Lunatic asylums in Bengal annual reports 1888-1898 - 1888-1898
Year: 1888
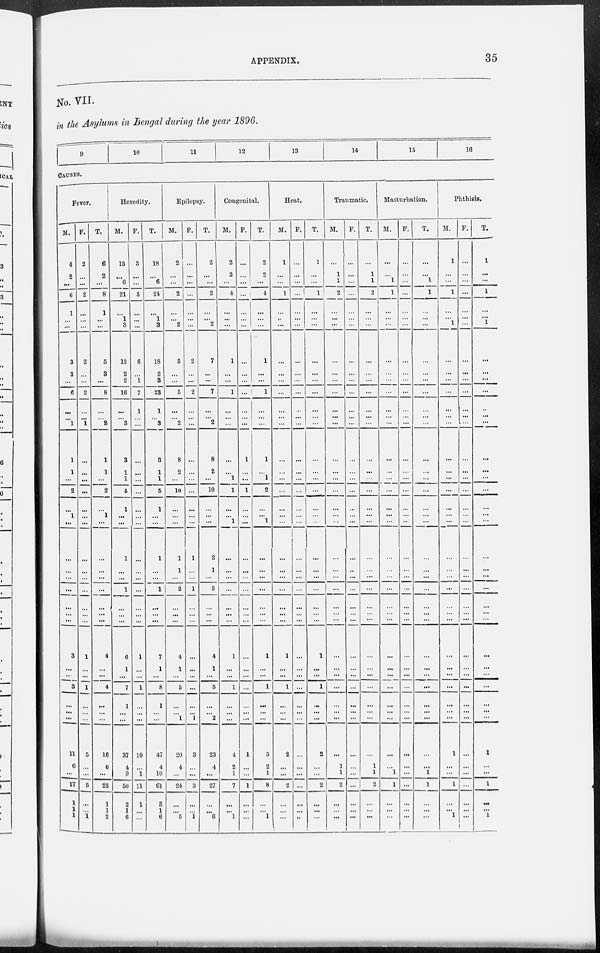
APPENDIX.
35
No. VII.
in the Asylums in Bengal during the year 1896.
9
10
11
12
13
14
15
16
CAUSES.
Fever.
M.
4
2
...
6
1
...
...
3
3
...
6
...
...
1
1
1
...
2
...
1
...
...
...
...
...
...
...
...
3
...
...
3
...
...
...
11
6
...
17
1
1
1
F.
2
...
...
2
...
...
...
2
...
...
2
...
...
1
...
...
...
...
...
...
...
...
...
...
...
...
...
...
1
...
...
1
...
...
...
5
...
...
5
...
...
1
T.
6
2
...
8
1
...
...
5
3
...
8
...
...
2
1
1
...
2
...
1
...
...
...
...
...
...
...
...
4
...
...
4
...
...
...
16
6
...
22
1
1
2
Heredity.
M.
15
...
6
21
...
1
3
12
2
2
16
...
...
3
3
1
1
5
1
...
...
1
...
...
1
...
...
...
6
1
...
7
1
...
...
37
4
9
50
2
1
6
F.
3
...
...
3
...
...
...
6
...
1
7
1
...
...
...
...
...
...
...
...
...
...
...
...
...
...
...
...
1
...
...
1
...
...
...
10
...
1
11
1
...
...
T.
18
...
6
24
...
1
3
18
2
3
23
1
...
3
3
1
1
5
1
...
...
1
...
...
1
...
...
...
7
1
...
8
1
...
...
47
4
10
61
3
1
6
Epilepsy.
M.
2
...
...
2
...
...
2
5
...
...
5
...
...
2
8
2
...
10
...
...
...
1
1
...
2
...
...
...
4
1
...
5
...
...
1
20
4
...
24
...
...
5
F.
...
...
...
...
...
...
...
2
...
...
2
...
...
...
...
...
...
...
...
...
...
1
...
...
1
...
...
...
...
...
...
...
...
...
1
3
...
...
3
...
...
1
T.
2
...
...
2
...
...
2
7
...
...
7
...
...
2
8
2
...
10
...
...
...
2
1
...
3
...
...
...
4
1
...
5
...
...
2
23
4
...
27
...
...
6
Congenital.
M.
2
2
...
4
...
...
...
1
...
...
1
...
...
...
...
... l
1
...
...
1
...
...
...
...
...
...
...
1
...
...
1
...
...
...
4
2
1
7
...
...
1
F.
...
...
...
...
...
...
...
...
...
...
...
...
...
...
1
...
...
1
...
...
...
...
...
...
...
...
...
...
...
...
...
...
...
...
...
1
...
...
1
...
...
...
T.
2
2
...
4
...
...
...
1
...
...
1
...
...
...
1
... l
2
...
...
1
...
...
...
...
...
...
...
1
...
...
1
...
...
...
5
2
1
8
...
...
1
Heat.
M.
1
...
...
1
...
...
...
...
...
...
...
...
...
...
...
...
...
...
...
...
...
...
...
...
...
...
...
...
1
...
...
1
...
...
...
2
...
...
2
...
...
...
F.
...
...
...
...
...
...
...
...
...
...
...
...
...
...
...
...
...
...
...
...
...
...
...
...
...
...
...
...
...
...
...
...
...
...
...
...
...
...
...
...
...
...
T.
1
...
...
1
...
...
...
...
...
...
...
...
...
...
...
...
...
...
...
...
...
...
...
...
...
...
...
...
1
...
...
1
...
...
...
2
...
...
2
...
...
...
Traumatic.
M.
...
1
1
2
...
...
...
...
...
...
...
...
...
...
...
...
...
...
...
...
...
...
...
...
...
...
...
...
...
...
...
...
...
...
...
...
1
1
2
...
...
...
F.
...
...
...
...
...
...
...
...
...
...
...
...
...
...
...
...
...
...
...
...
...
...
...
...
...
...
...
...
...
...
...
...
...
...
...
...
...
...
...
...
...
...
T.
...
1
1
2
...
...
...
...
...
...
...
...
...
...
...
...
...
...
...
...
...
...
...
...
...
...
...
...
...
...
...
...
...
...
...
...
1
1
2
...
...
...
Masturbation.
M.
...
...
1
1
...
...
...
...
...
...
...
...
...
...
...
...
...
...
...
...
...
...
...
...
...
...
...
...
...
...
...
...
...
...
...
...
...
1
1
...
...
...
F.
...
...
...
...
...
...
...
...
...
...
...
...
...
...
...
...
...
...
...
...
...
...
...
...
...
...
...
...
...
...
...
...
...
...
...
...
...
...
...
...
...
...
T.
...
...
1
1
...
...
...
...
...
...
...
...
...
...
...
...
...
...
...
...
...
...
...
...
...
...
...
...
...
...
...
...
...
...
...
...
1
1
...
...
...
Phthisis.
M.
1
...
...
1
...
...
1
...
...
...
...
...
...
...
...
...
...
...
...
...
...
...
...
...
...
...
...
...
...
...
...
...
...
...
...
1
...
...
1
...
...
1
F.
...
...
...
...
...
...
...
...
...
...
...
...
...
...
...
...
...
...
...
...
...
...
...
...
...
...
...
...
...
...
...
...
...
...
...
...
...
...
...
...
...
T.
1
...
...
1
...
...
1
...
...
...
...
...
...
...
...
...
...
...
...
...
...
...
...
...
...
...
...
...
...
...
...
...
...
...
...
1
...
...
1
...
...
1